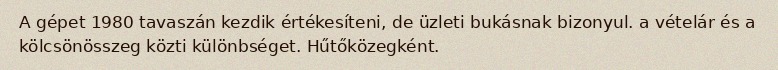
A gépet 1980 tavaszán kezdik értékesíteni, de üzleti bukásnak bizonyul. a vételár és a kölcsönösszeg közti különbséget. Hűtőközegként.